Civil Veterinary Dept. North-West Frontier Province 1901-22 - 1901-1922
Year: 1901
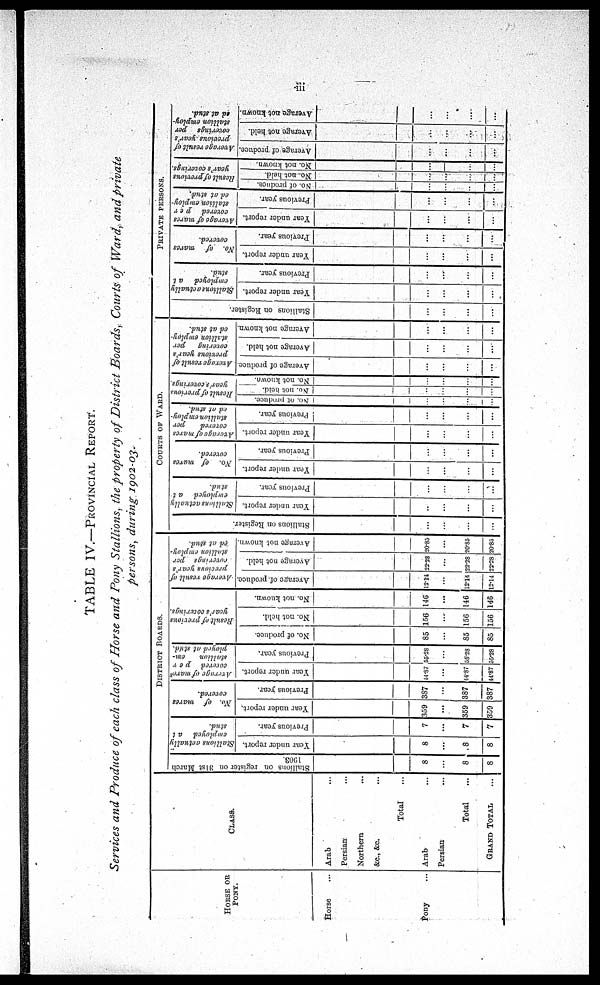
iii
TABLE IV.—PROVINCIAL REPORT.
Services and Produce of each class of Horse and Pony Stallions, the property of District Boards, Courts of Ward, and private
persons, during 1902-03.
HORSE OR
PONY.
Horse ....
Pony ...
CLASS.
Arab ...
Persian ...
Northern ...
&c., &c. ...
Total ...
Arab ...
Persian ...
Total ...
GRAND TOTAL ...
DISTRICT
BOARDS.
Stallions on register on 31st March
1903.
8
...
8
8
Stallions actually
employed
at
stud.
Year under report.
8
...
8
8
Previous year.
7
...
7
7
No.
of
mares
covered.
Year under report.
359
...
359
359
Previous year.
387
...
387
387
Average
of mares
covered
per
stallion,
em-
ployed at stud.
Year under report.
14.87
...
14.87
44.87
Previous year.
55.28
...
55.28
55.28
Result
of previous
year's coverings.
No. of produce.
85
...
85
85
No. not held.
156
...
156
156
No. not known.
146
...
146
146
Average result of
precious year's
coverings per
stallion employ-
ed at stud.
Average of produce.
12.14
...
12.14
12.14
Average not held.
22.28
...
22.28
22.28
Average not known.
20.85
...
20.85
20.85
COURTS OF WARD.
Stallions on Register.
...
...
...
...
Stallions actually
employed
at
stud.
Year under report.
...
...
...
...
Previous year.
...
...
...
...
No.
of mares
covered.
Year under report.
...
...
...
...
Previous year.
...
...
...
...
Average of mares
covered
per
stallion employ-
ed at stud.
Year under report.
...
...
...
...
Previous year.
...
...
...
...
Result
of previous
year's coverings.
No of produce.
...
...
...
...
No. not held.
...
...
...
...
No. not. known.
...
...
...
...
Average result of
previous year's
covering
per
stallion
employ-
ed
at stud.
Average of produce.
...
...
...
...
Average not held.
...
...
...
...
Average not known.
...
...
...
...
PRIVATE
PERSONS.
Stallions on Register.
...
...
...
...
Stallions actually
employed
at
stud.
Year under report.
...
...
...
...
Previous year.
...
...
...
...
No.
of
marcs
covered.
Year under report.
...
...
...
...
Previous year.
...
...
...
...
Average of marcs
covered
per
stallion employ-
ed
at stud.
Year under report.
...
...
...
...
Previous year.
...
...
...
...
Result of previous
year's coverings.
No. of produce.
...
...
...
...
No. not held.
...
...
...
...
No. not known.
...
...
...
...
Average result of
previous year's
coverings
per
stallion employ-
ed
at stud.
Average of produce.
...
...
...
...
Average not held.
...
...
....
...
Average not known.
...
...
...
....